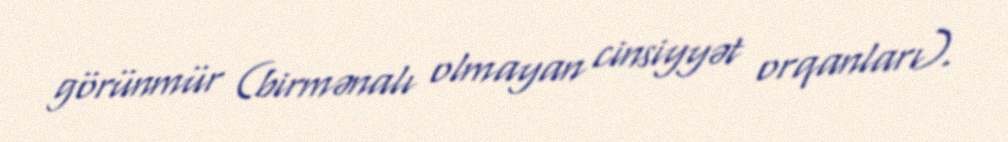
görünmür (birmənalı olmayan cinsiyyət orqanları).